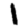
Digit: 1